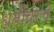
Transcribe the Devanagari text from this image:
धर्तीवरचे